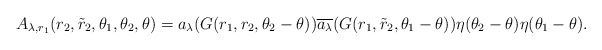
\begin{align*}A_{\lambda,r_1}(r_2,\tilde{r}_2,\theta_1,\theta_2,\theta) = a_\lambda(G(r_1,r_2,\theta_2-\theta))\overline{a_\lambda}(G(r_1,\tilde{r}_2,\theta_1-\theta))\eta(\theta_2-\theta)\eta(\theta_1-\theta).\end{align*}